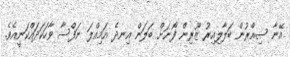
އޭނާ ސިއްރުން ބަލާލިއިރު ޒޫރިން ފޯނަށް ބަލަން އިނދެ އަމިއްލަ ނަފްސާ ވާހަކަދައްކަނީއެވެ.